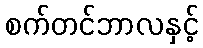
စက်တင်ဘာလနှင့်